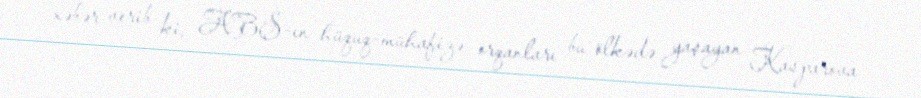
xəbər verib ki, ABŞ-ın hüquq-mühafizə orqanları bu ölkədə yaşayan Kasparova